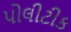
પોલીટીક